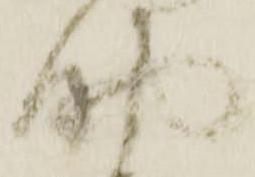
助